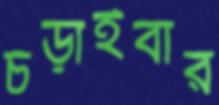
চড়াইবার